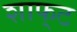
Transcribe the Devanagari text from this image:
शाफ्‌ट